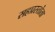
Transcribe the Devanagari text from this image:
सहप्रस्तोता